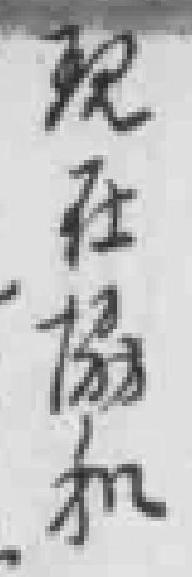
现在協和